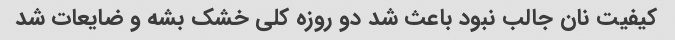
کیفیت نان جالب نبود باعث شد دو روزه کلی خشک بشه و ضایعات شد